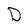
Character: D